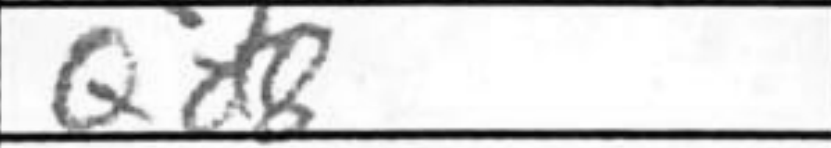
Transcription: Qd8